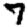
Digit: 7